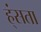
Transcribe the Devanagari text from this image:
ह्ंसता